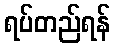
ရပ်တည်ရန်